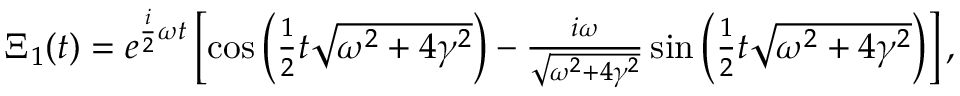
\begin{array} { r } { \Xi _ { 1 } ( t ) = e ^ { \frac { i } { 2 } \omega t } \left[ \cos \left( \frac { 1 } { 2 } t \sqrt { \omega ^ { 2 } + 4 \gamma ^ { 2 } } \right) - \frac { i \omega } { \sqrt { \omega ^ { 2 } + 4 \gamma ^ { 2 } } } \sin \left( \frac { 1 } { 2 } t \sqrt { \omega ^ { 2 } + 4 \gamma ^ { 2 } } \right) \right] , } \end{array}